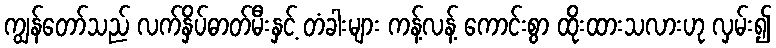
ကျွန်တော်သည် လက်နှိပ်ဓာတ်မီးနှင့် တံခါးများ ကန့်လန့် ကောင်းစွာ ထိုးထားသလားဟု လှမ်း၍